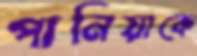
পানিয়াকে